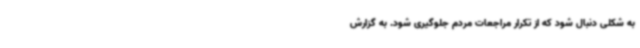
به شکلی دنبال شود که از تکرار مراجعات مردم جلوگیری شود. به گزارش